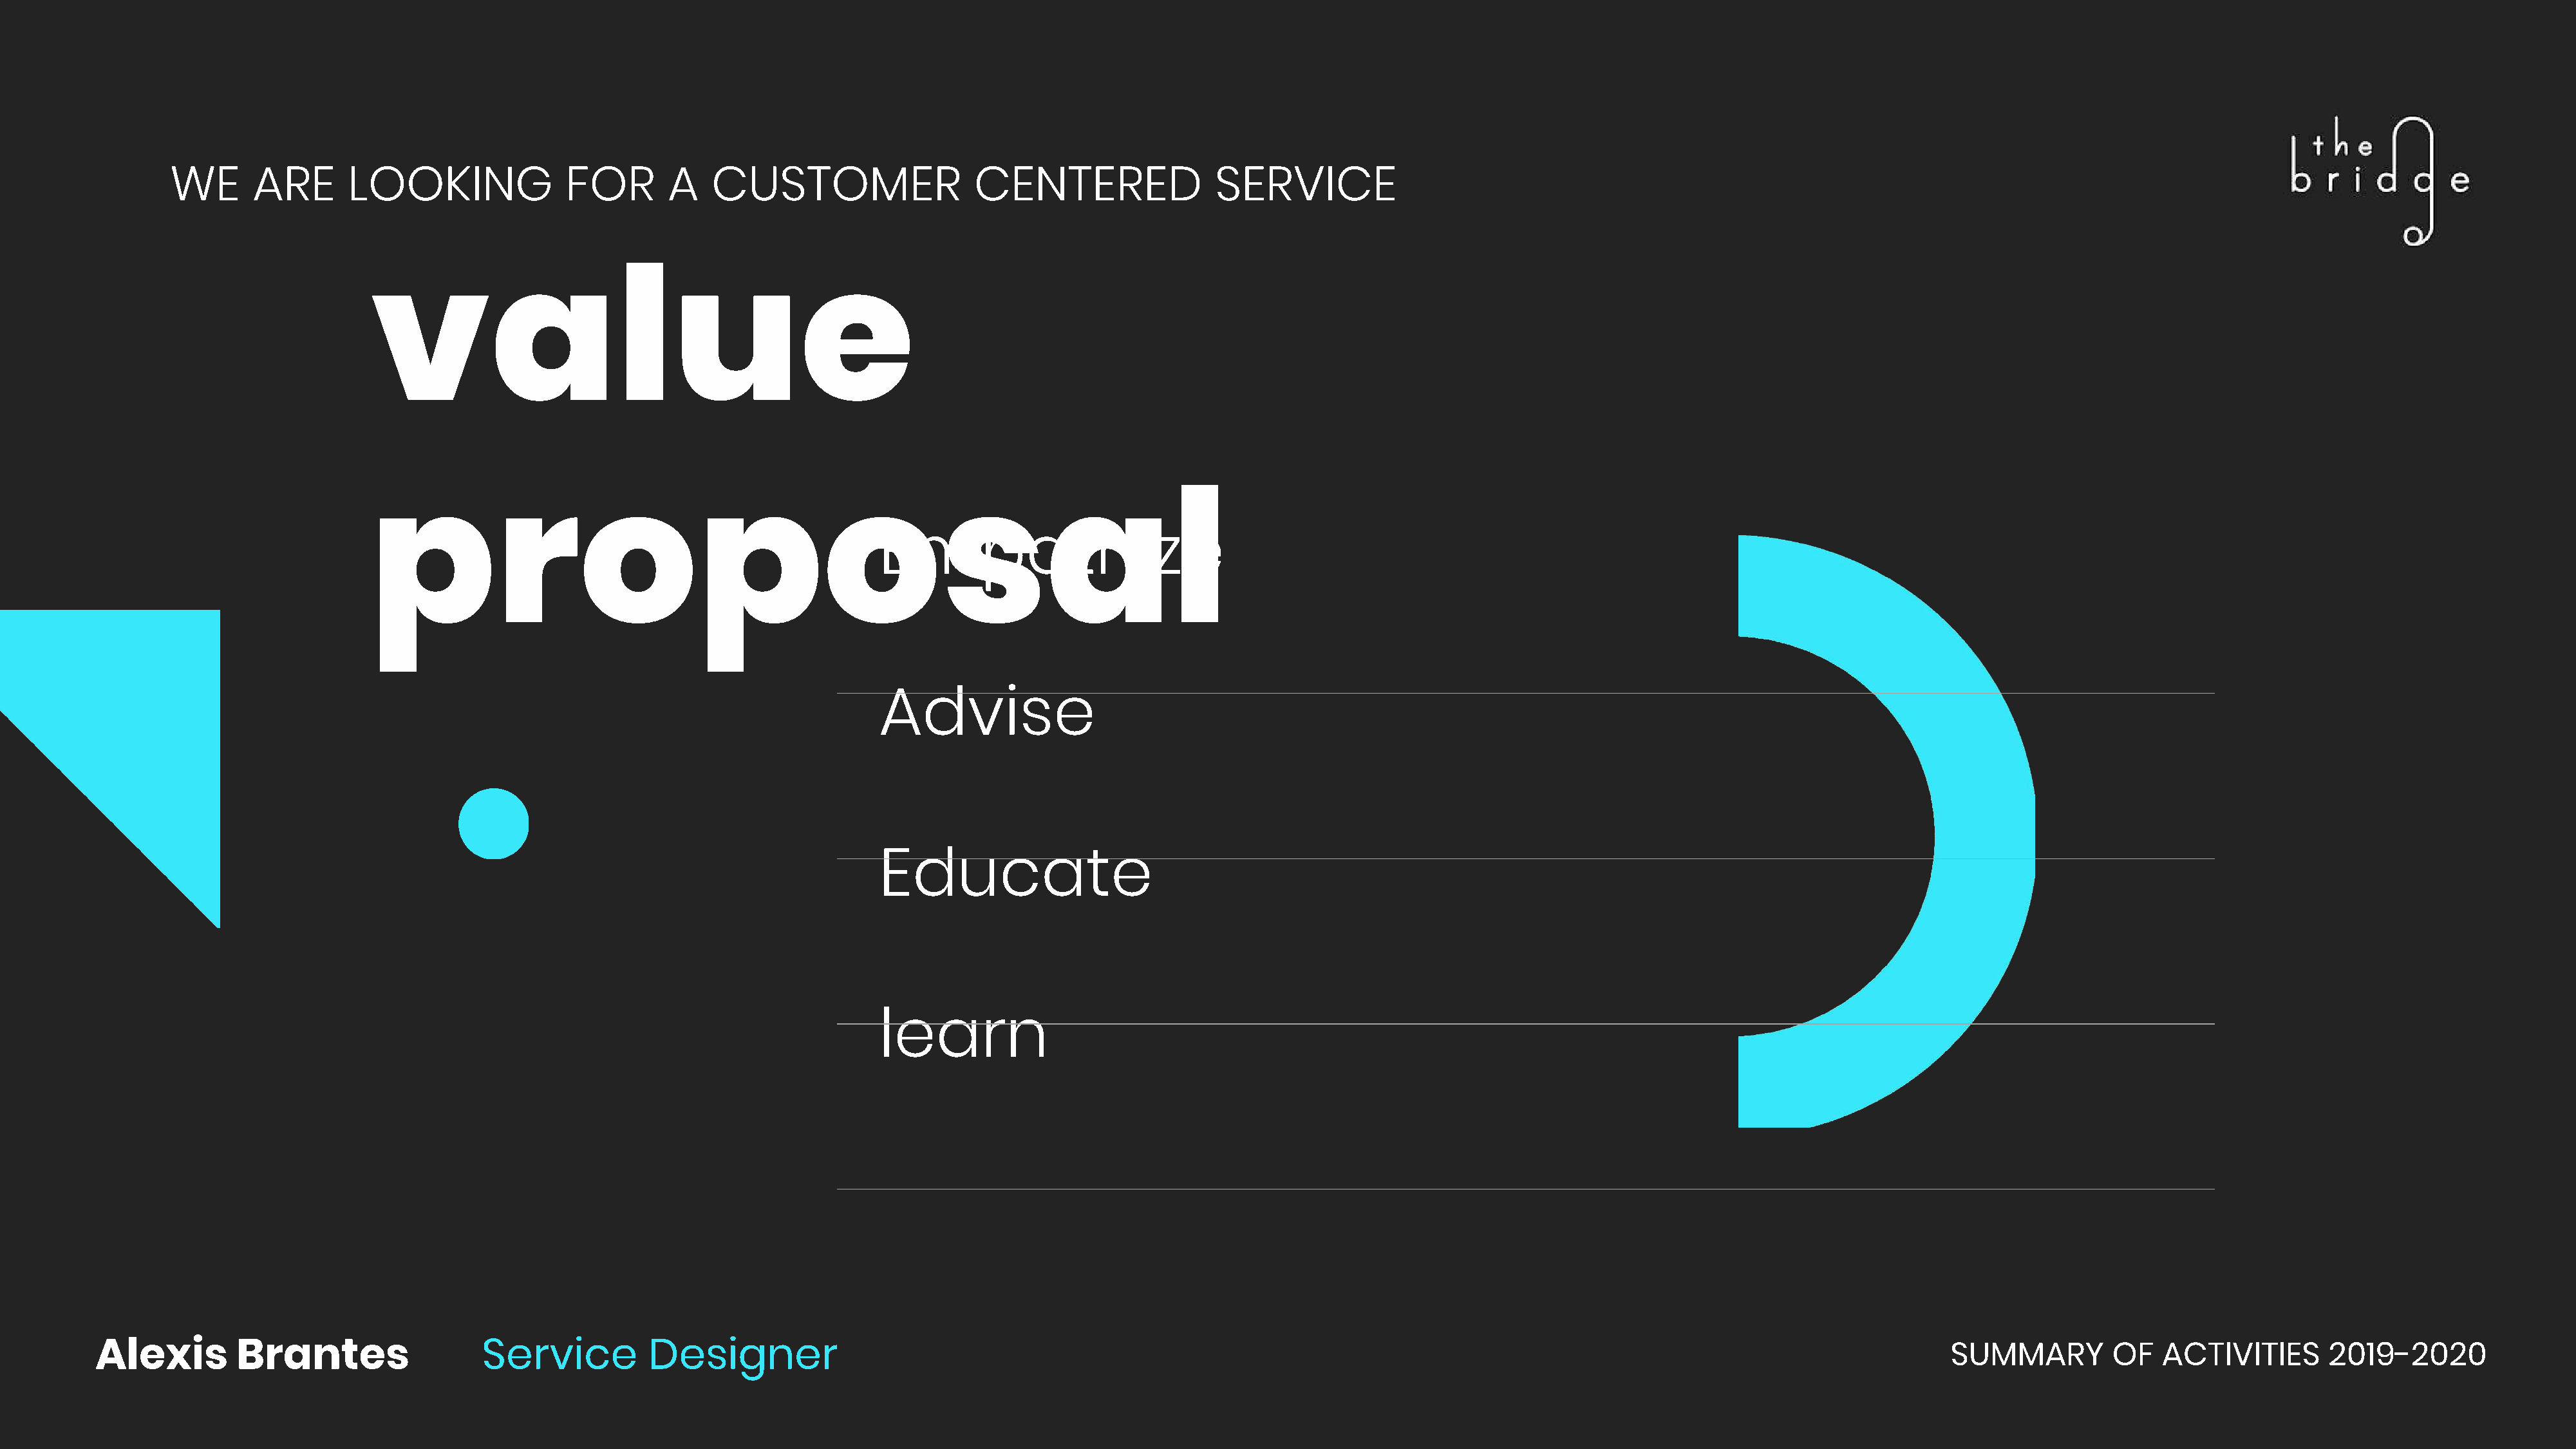
WE       ARE       LOOKING               FOR        A   CUSTOMER                   CENTERED                 SERVICE
 value
 proposal
 Empathize
 Advise
 Educate
 learn
 Alexis        Brantes                   Service          Designer                                                                                                                              SUMMARY         OF   ACTIVITIES       2019-2020